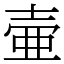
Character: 壷